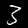
Label: 3